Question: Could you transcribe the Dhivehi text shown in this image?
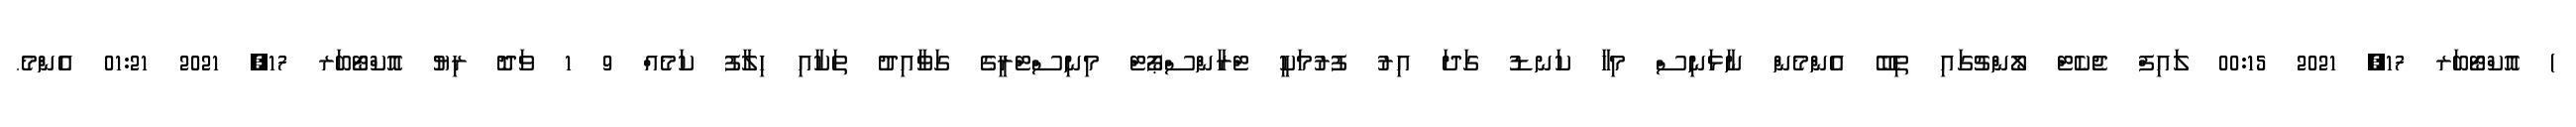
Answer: ) އޮކްޓޯބަރ 17, 2021 00:15 ލައިފް ޖެކެޓް ލޯންޗުގައި ތިބޭ އެންމެން ނާޅަނިސް މިހާ ކަނޑު ގަދަ އިރު ފުރުމަކީ ޓްރާންސްޕޯޓް މިނިސްޓްރީގެ ގަވާއިދު ތަކާއި ހިލާފު ކަމެއް 9 1 ވަދޮ ރިޔު އޮކްޓޯބަރ 17, 2021 01:21 އެންމެ.